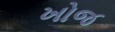
ખોજ